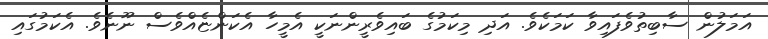
އަމަލުން ސާބިތުވެފައިވާ ކަމަކެވެ. އަދި މިކަމުގެ ބައިވެރީންނަކީ އެމީހާ އެކަންޏެއްވެސް ނޫނެވެ. އެކަމުގައި